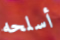
أسلحه